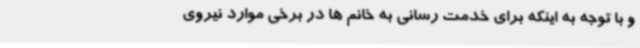
و با توجه به اینکه برای خدمت رسانی به خانم ها در برخی موارد نیروی